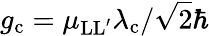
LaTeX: g_{\mathrm{c}}=\mu_{\mathrm{LL^{\prime}}}\lambda_{\mathrm{c}}/\sqrt{2}\hbar